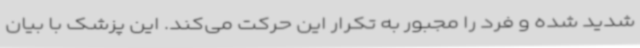
شدید شده و فرد را مجبور به تکرار این حرکت می‌کند. این پزشک با بیان